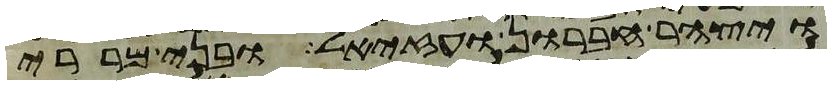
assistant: ויצהר חברון ועזיאל ובני מררי